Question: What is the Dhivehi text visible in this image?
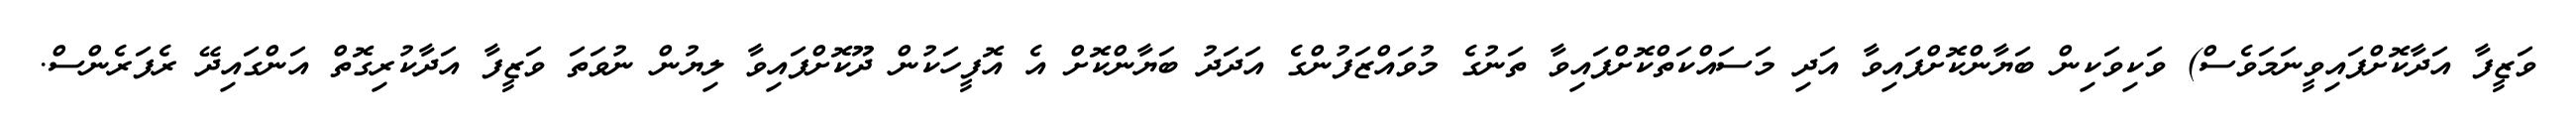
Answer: ވަޒީފާ އަދާކޮށްފައިވީނަމަވެސް) ވަކިވަކިން ބަޔާންކޮށްފައިވާ އަދި މަސައްކަތްކޮށްފައިވާ ތަނުގެ މުވައްޒަފުންގެ އަދަދު ބަޔާންކޮށް އެ އޮފީހަކުން ދޫކޮށްފައިވާ ލިޔުން ނުވަތަ ވަޒީފާ އަދާކުރިގޮތް އަންގައިދޭ ރެފަރެންސް.